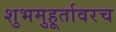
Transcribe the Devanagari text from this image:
शुभमुहूर्तावरच